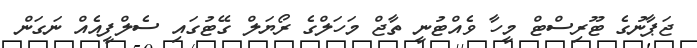
ޖަޕާނުގެ ޓޫރިސްޓް މީހާ ވެއްޓުނީ ތާޖް މަހަލްގެ ރޯޔަލް ގޭޓުގައި ސެލްފީއެއް ނަގަން